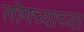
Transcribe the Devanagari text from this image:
लोणच्याच्या